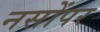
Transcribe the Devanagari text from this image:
नसोंपर